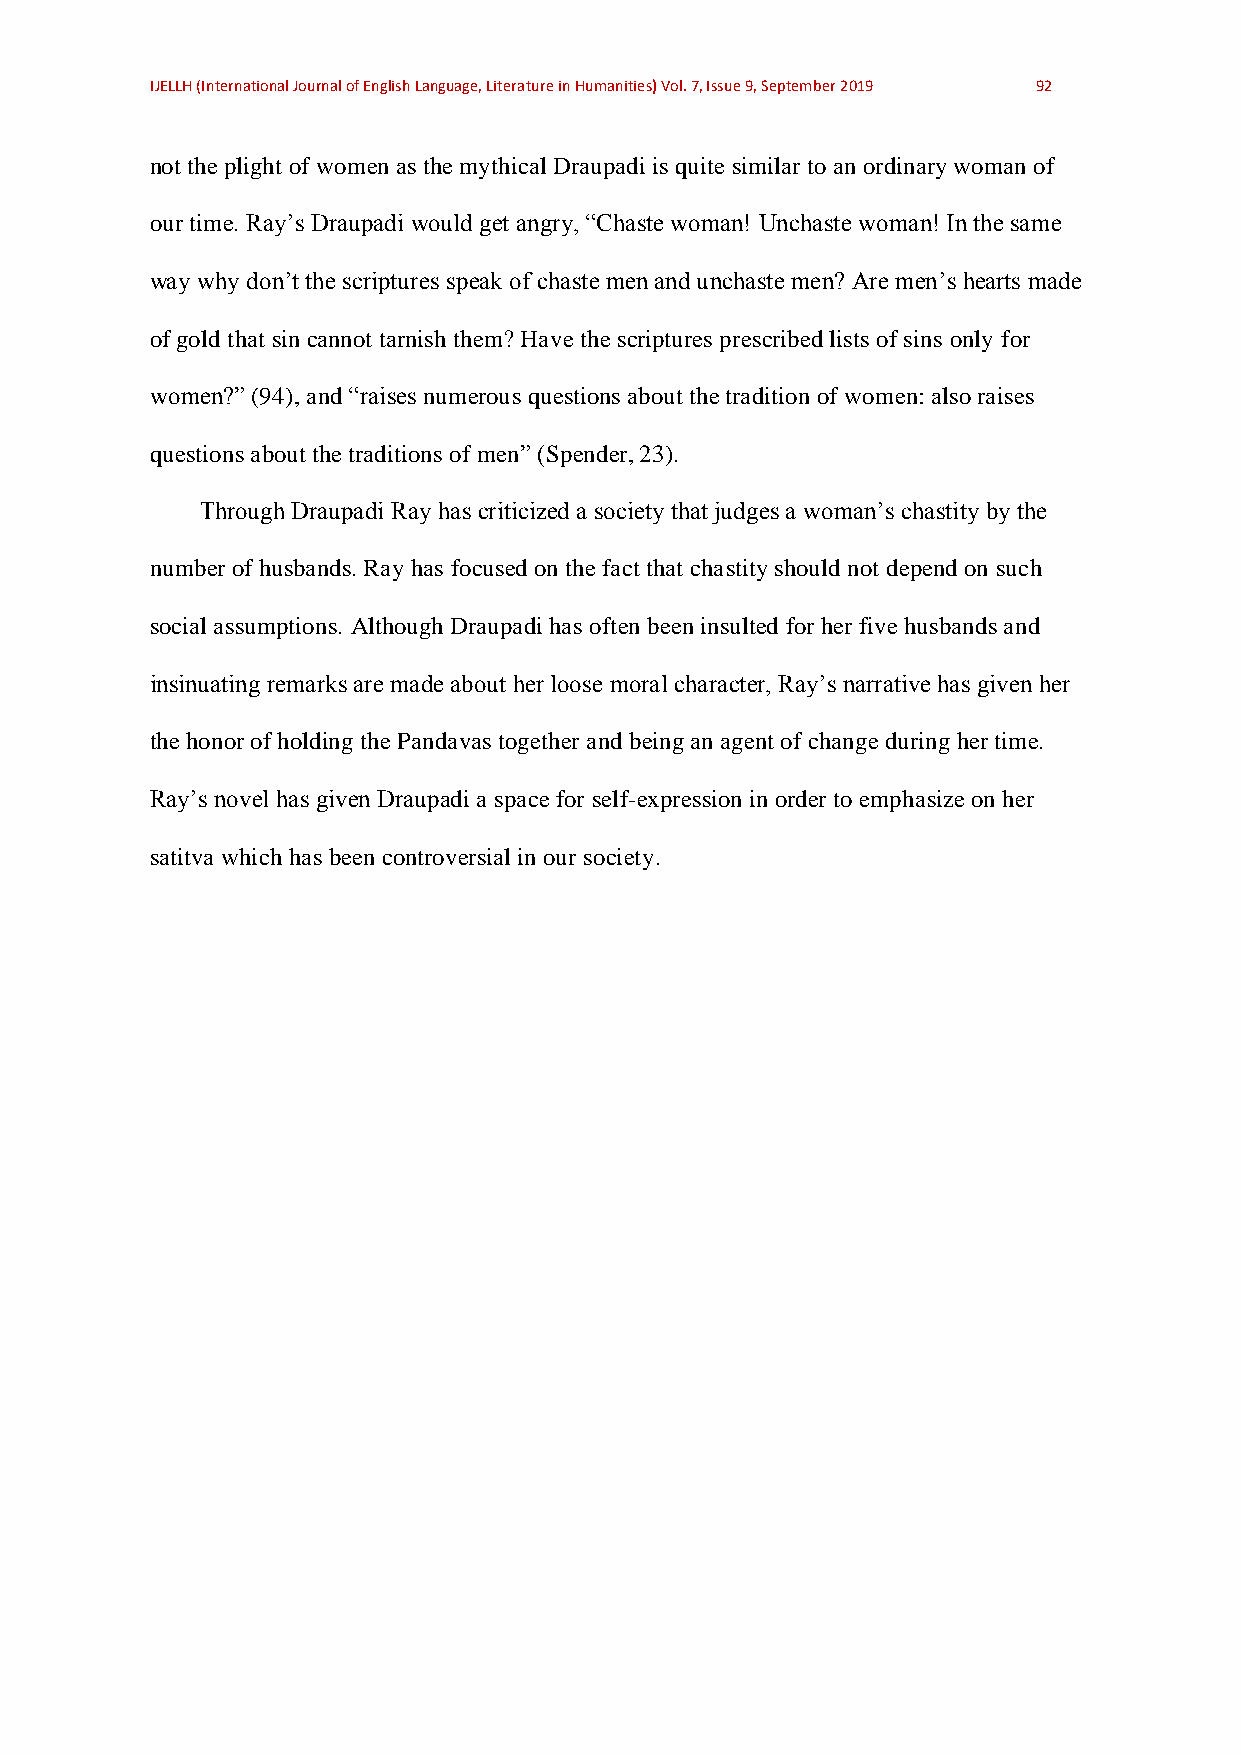
IJELLH (International Journal of English Language, Literature in Humanities) Vol. 7, Issue 9, September 2019 92
 not the plight of women as the mythical Draupadi is quite similar to an ordinary woman of
 our time. Ray’s Draupadi would get angry, “Chaste woman! Unchaste woman! In the same
 way why don’t the scriptures speak of chaste men and unchaste men? Are men’s hearts made
 of gold that sin cannot tarnish them? Have the scriptures prescribed lists of sins only for
 women?” (94), and “raises numerous questions about the tradition of women: also raises
 questions about the traditions of men” (Spender, 23).
 Through Draupadi Ray has criticized a society that judges a woman’s chastity by the
 number of husbands. Ray has focused on the fact that chastity should not depend on such
 social assumptions. Although Draupadi has often been insulted for her five husbands and
 insinuating remarks are made about her loose moral character, Ray’s narrative has given her
 the honor of holding the Pandavas together and being an agent of change during her time.
 Ray’s novel has given Draupadi a space for self-expression in order to emphasize on her
 satitva which has been controversial in our society.